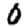
Digit: 0